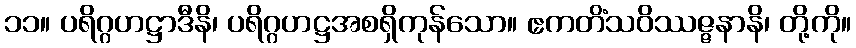
၁၁။ ပရိဂ္ဂဟဋ္ဌာဒီနိ၊ ပရိဂ္ဂဟဋ္ဌအစရှိကုန်သော။ ဧကတိံသဝိဿဇ္ဇနာနိ၊ တို့ကို။